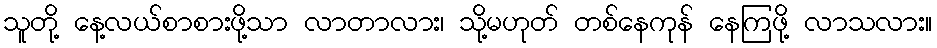
သူတို့ နေ့လယ်စာစားဖို့သာ လာတာလား၊ သို့မဟုတ် တစ်နေကုန် နေကြဖို့ လာသလား။